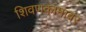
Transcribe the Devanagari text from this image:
शिवणकामावर